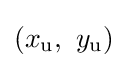
(x_{\mathrm {u} },\ y_{\mathrm {u} })